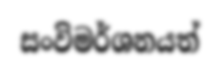
සංවිමර්ශනයත්